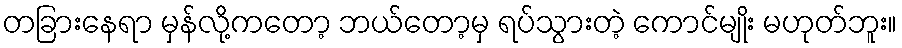
တခြားနေရာ မှန်လို့ကတော့ ဘယ်တော့မှ ရပ်သွားတဲ့ ကောင်မျိုး မဟုတ်ဘူး။